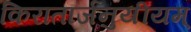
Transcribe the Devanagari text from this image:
किरातार्जनुयीयम्‌